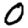
Digit: 0